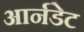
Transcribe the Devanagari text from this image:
आर्नडेट